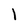
Character: l